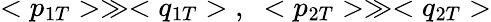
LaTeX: <p_{1T}>\gg<q_{1T}>\; ,\; \; <p_{2T}>\gg<q_{2T}>